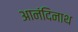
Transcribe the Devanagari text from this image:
आनंदिनाथ